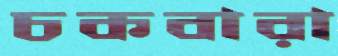
চকবারা